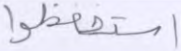
استحفظوا